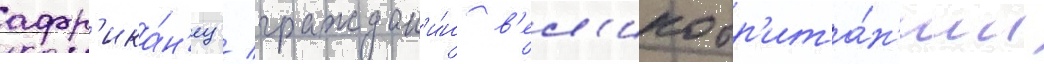
афр'ика́н'ец / граждан'и́н в'ел'икобр'ита́н'ии